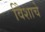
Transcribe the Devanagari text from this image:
विेशाचे